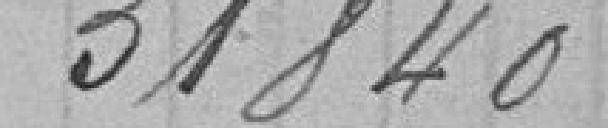
31840